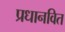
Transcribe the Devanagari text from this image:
प्रधानवित